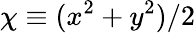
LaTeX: \chi\equiv(x^{2}+y^{2})/2